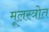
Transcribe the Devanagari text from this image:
मूलस्त्रोत